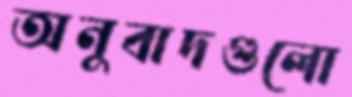
অনুবাদগুলো